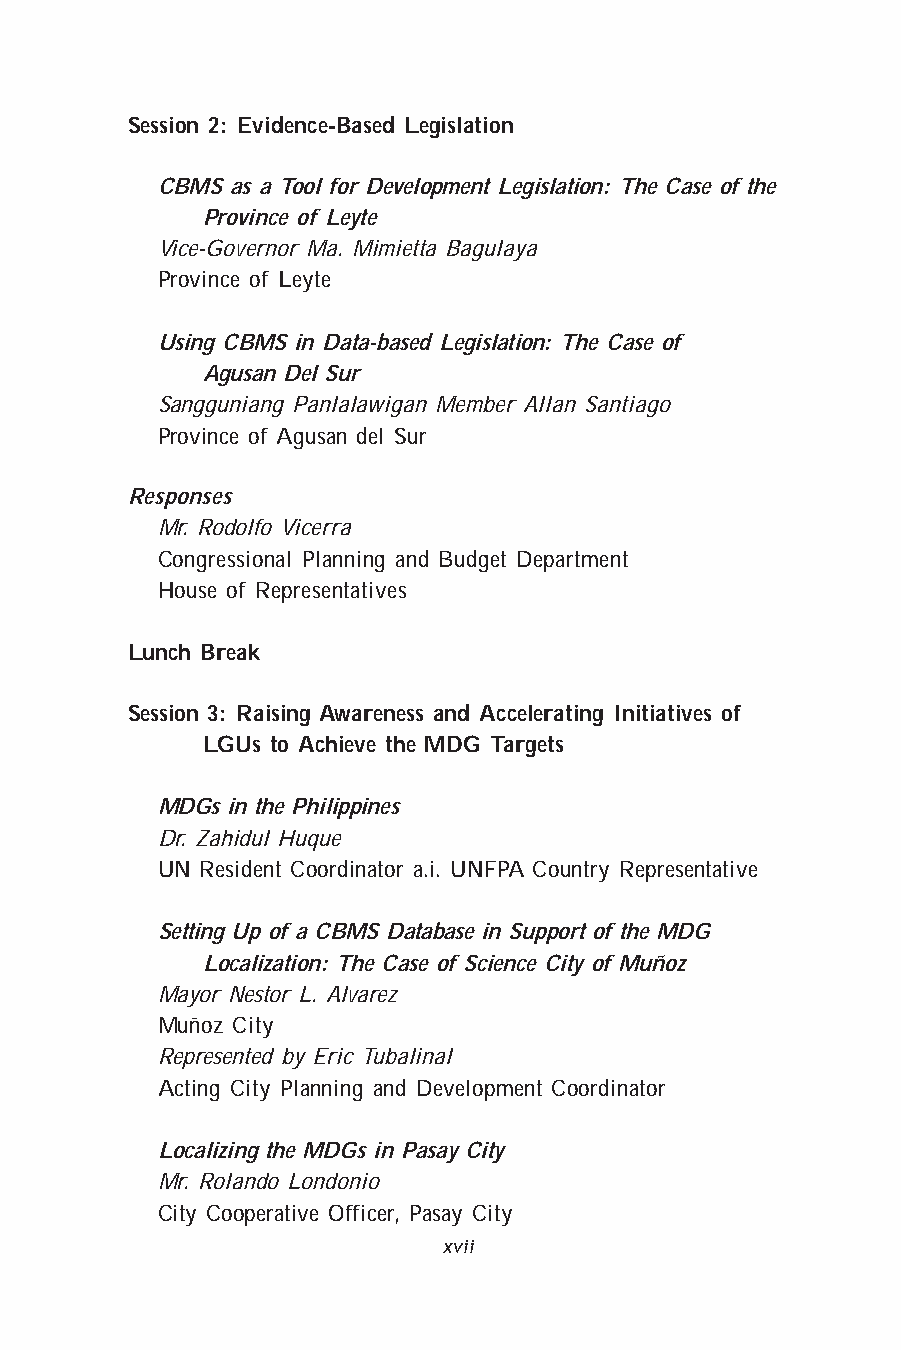
Session 2: Evidence-Based Legislation
 CBMS as a Tool for Development Legislation: The Case of the
 Province of Leyte
 Vice-Governor Ma. Mimietta Bagulaya
 Province of Leyte
 Using CBMS in Data-based Legislation: The Case of
 Agusan Del Sur
 Sangguniang Panlalawigan Member Allan Santiago
 Province of Agusan del Sur
 Responses
 Mr. Rodolfo Vicerra
 Congressional Planning and Budget Department
 House of Representatives
 Lunch Break
 Session 3: Raising Awareness and Accelerating Initiatives of
 LGUs to Achieve the MDG Targets
 MDGs in the Philippines
 Dr. Zahidul Huque
 UN Resident Coordinator a.i. UNFPA Country Representative
 Setting Up of a CBMS Database in Support of the MDG
 Localization: The Case of Science City of Muñoz
 Mayor Nestor L. Alvarez
 Muñoz City
 Represented by Eric Tubalinal
 Acting City Planning and Development Coordinator
 Localizing the MDGs in Pasay City
 Mr. Rolando Londonio
 City Cooperative Officer, Pasay City
 xvii